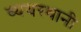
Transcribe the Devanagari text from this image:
व्ययस्थानी